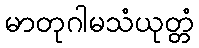
မာတုဂါမသံယုတ္တံ